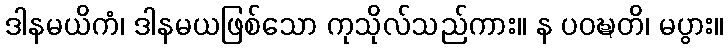
ဒါနမယိကံ၊ ဒါနမယဖြစ်သော ကုသိုလ်သည်ကား။ န ပဝဍ္ဎတိ၊ မပွား။